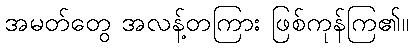
အမတ်တွေ အလန့်တကြား ဖြစ်ကုန်ကြ၏။